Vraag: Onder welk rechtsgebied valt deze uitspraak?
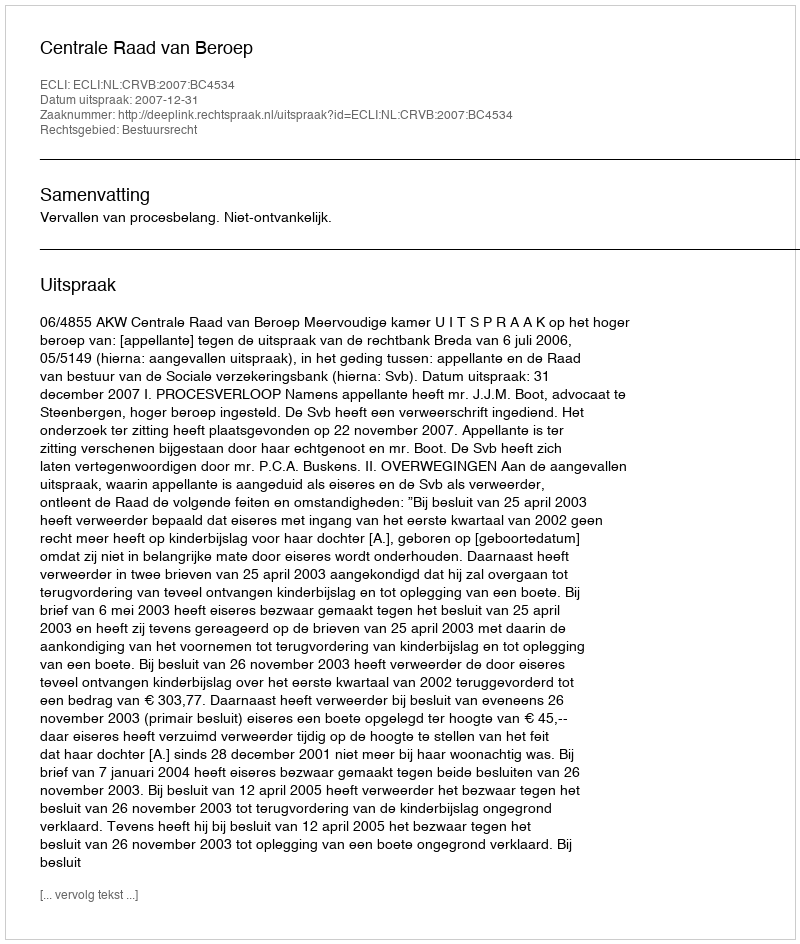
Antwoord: Bestuursrecht